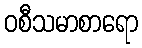
ဝစီသမာစာရော